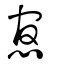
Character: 悹